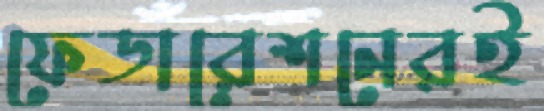
ফেডারেশনেরই